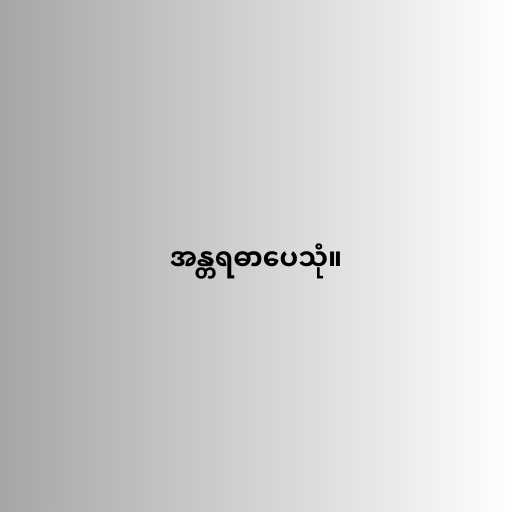
အန္တရဓာပေသုံ။